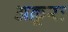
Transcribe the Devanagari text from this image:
अक्रूरः